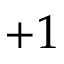
+ 1